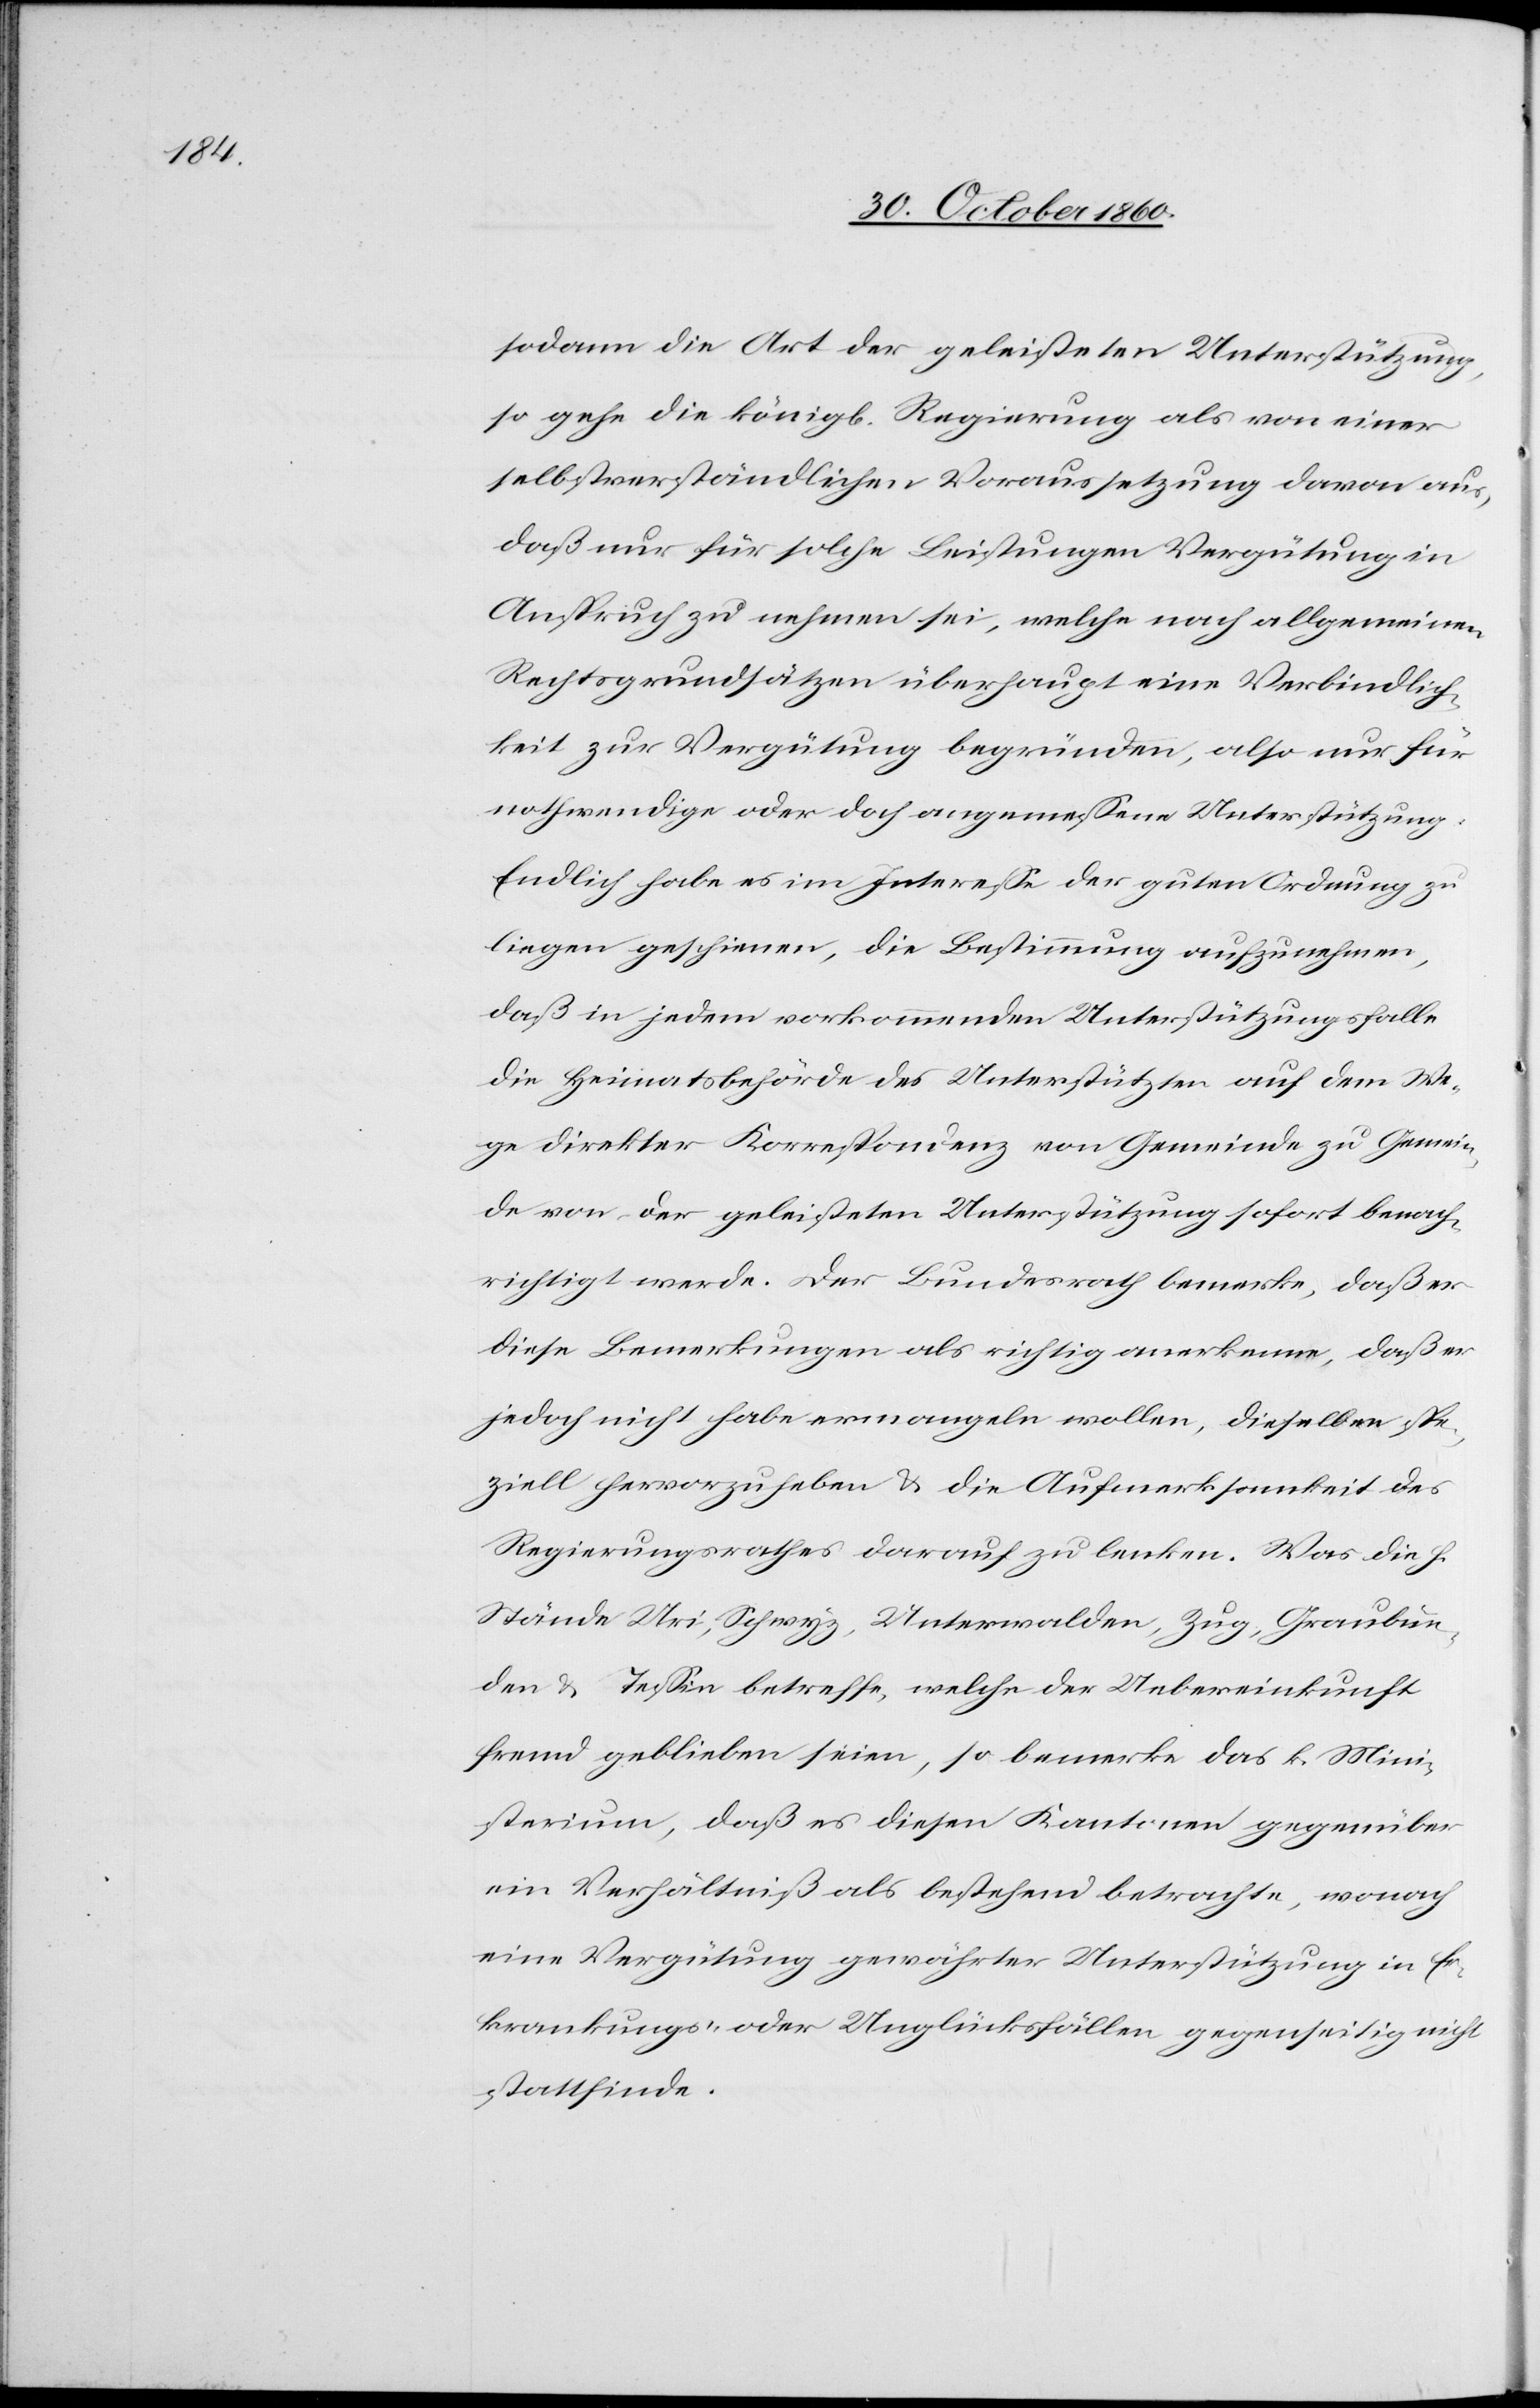
sodann die Art der geleisteten Unterstützung,
so gehe die königl. Regierung als von einer
selbstverständlichen Voraussetzung davon aus,
daß nur für solche Leistungen Vergütung in
Anspruch zu nehmen sei, welche nach allgemeinen
Rechtsgrundsätzen überhaupt eine Verbindlich¬
keit zur Vergütung begründen, also nur für
nothwendige oder doch angemessene Unterstützung.
Endlich habe es im Interesse der guten Ordnung zu
liegen geschienen, die Bestimmung aufzunehmen,
daß in jedem vorkommenden Unterstützungsfalle
die Heimatsbehörde des Unterstützten auf dem We¬
ge direkter Korrespondenz von Gemeinde zu Gemein¬
de von der geleisteten Unterstützung sofort benach¬
richtigt werde. Der Bundesrath bemerke, daß er
diese Bemerkungen als richtig anerkenne, daß er
jedoch nicht habe ermangeln wollen, dieselben spe¬
ziell hervorzuheben u. die Aufmerksamkeit des
Regierungsrathes darauf zu lenken. Was die h.
Stände Uri, Schwyz, Unterwalden, Zug, Graubün¬
den u. Tessin betreffe, welche der Uebereinkunft
fremd geblieben seien, so bemerke das k. Mini¬
sterium, daß es diesen Kantonen gegenüber
ein Verhältniß als bestehend betrachte, wonach
eine Vergütung gewährter Unterstützung in Er¬
krankungs- oder Unglücksfällen gegenseitig nicht
stattfinde.